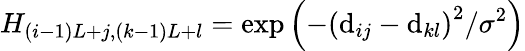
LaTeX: H_{(i-1)L+j,(k-1)L+l}=\exp\left(-\left(\mathrm{d}_{ij}-\mathrm{d}_{kl}\right)^{2}/\sigma^{2}\right)